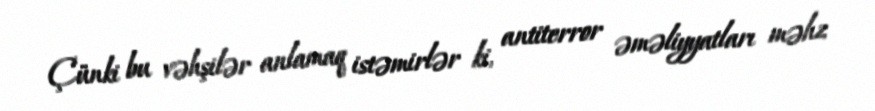
Çünki bu vəhşilər anlamaq istəmirlər ki, antiterror əməliyyatları məhz